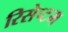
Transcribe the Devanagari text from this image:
रिसेप्टम